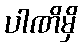
ပါဏိမှိ